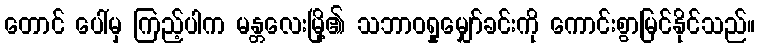
တောင် ပေါ်မှ ကြည့်ပါက မန္တလေးမြို့၏ သဘာဝရှုမျှော်ခင်းကို ကောင်းစွာမြင်နိုင်သည်။